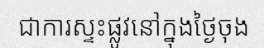
ជាការស្ទះផ្លូវនៅក្នុងថ្ងៃចុង